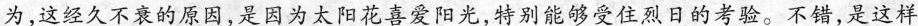
为，这经久不衰的原因，是因为太阳花喜爱阳光，特别能够受住烈日的考验。不错，是这样